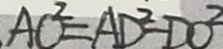
A C ^ { 2 } = A D ^ { 2 } - D O ^ { 2 }